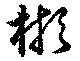
彬